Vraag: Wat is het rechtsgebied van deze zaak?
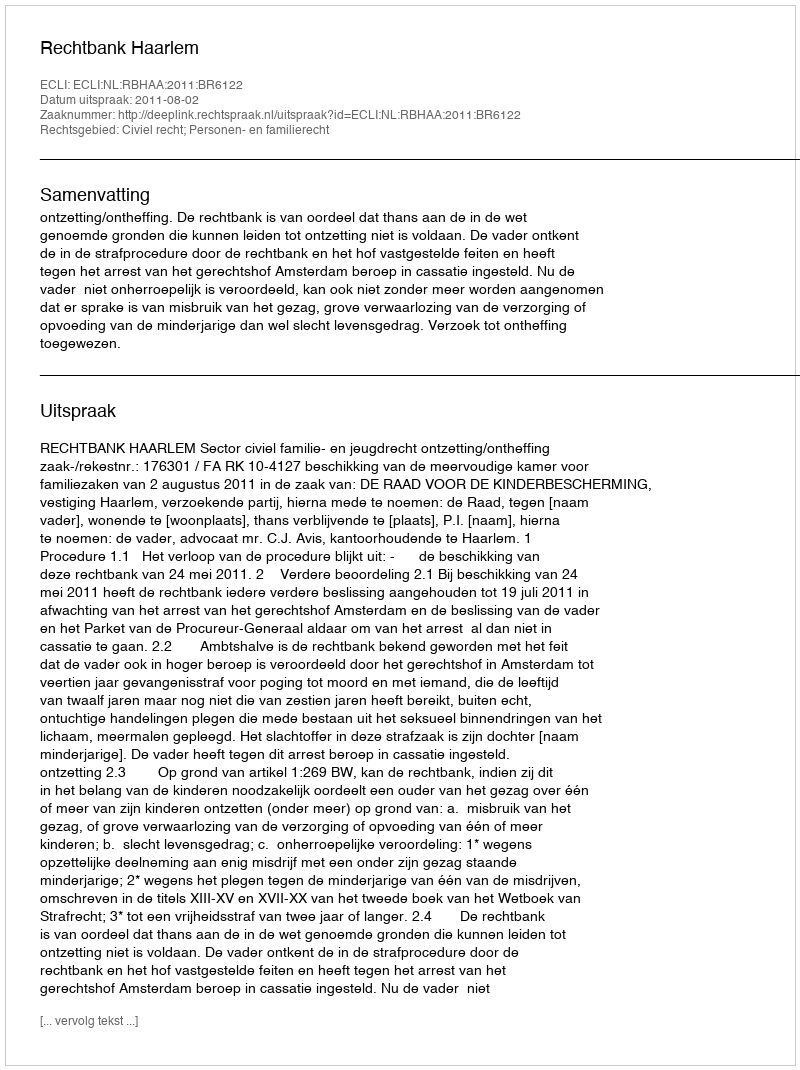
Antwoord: Civiel recht; Personen- en familierecht